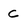
Character: c